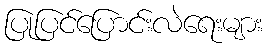
ပြုပြင်ပြောင်းလဲရေးများ